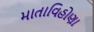
માતાવિહોણા